Report of the Imperial Institute of Veterinary Research, Muktesar
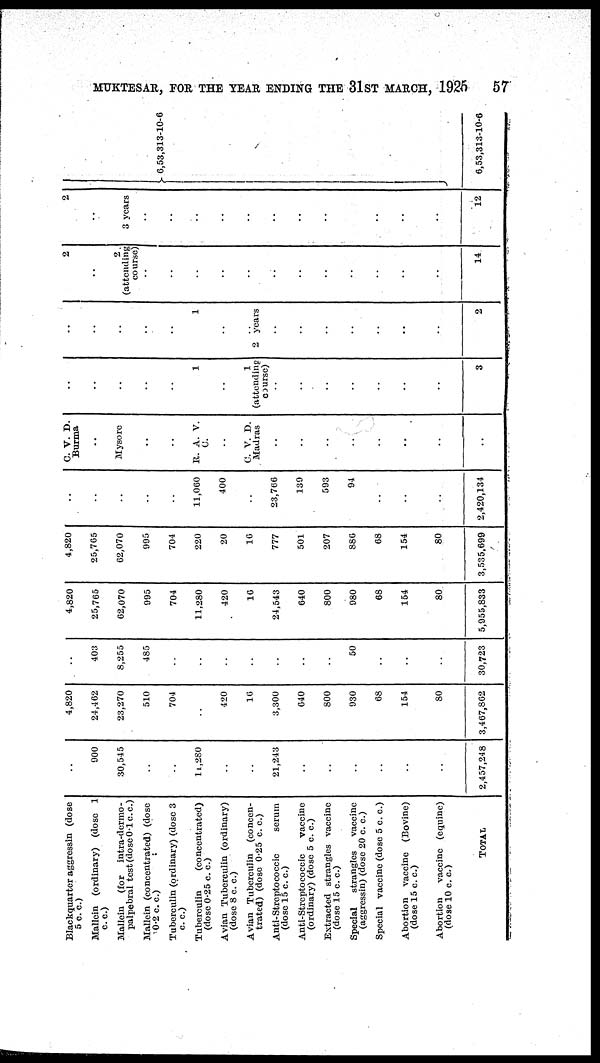
MUKTESAR, FOR THE YEAR ENDING THE 31ST MARCH,
1925
57
Blackquarter aggressin (dose
5 c. c.)
Mallein (ordinary) (dose 1
c. c.)
Mallein (for intra-dermo¬
palpebral test (dose 0.1 c.c.)
Mallein (concentrated) (dose
0.2 c.c.)
Tuberculin (ordinary) (dose 3
c. c.)
Tuberculin
(concentrated)
(dose 0.25 c. c.)
Avian Tuberculin (ordinary)
(dose 8 c. c.)
Avian Tuberculin (concen-
trated) (dose 0.25 c. c.)
Anti-Streptococcic
serum
(dose 15 c. c.)
Anti-Streptococcic
vaccine
(ordinary) (dose 5 c. c.)
Extracted strangles vaccine
(dose 15 c. c.)
Special
strangles
vaccine
(aggressin) (dose 20 c. c.)
Special vaccine (dose 5 c. c.)
Abortion vaccine (Bovine)
(dose 15 c. c.)
Abortion
vaccine (equine)
(dose 10 c. c.)
TOTAL
..
900
30,545
..
11,280
..
..
21,213
..
..
..
..
..
..
2,457,248
4,820
24,462
23,270
510
704
..
420
16
3,300
640
800
930
68
154
80
3,467,862
..
403
8,255
485
..
..
..
..
...
..
..
50
..
..
..
30,723
4,820
25,765
62,070
995
704
11,280
420
16
24,543
640
800
980
68
154
80
5,955,833
4,820
25,765
62,070
995
704
220
20
16
777 501
207
886
68
154
80
3,535.699
..
..
..
..
11,060
400
..
23,766
139
593
94
..
..
..
2,420,134
C. V. D.
Burma
..
Mysore
..
R. A. V.
C.
..
C. V. D.
Madras
..
..
..
..
..
..
..
..
..
..
..
1
..
1
(attending
course)
..
..
..
..
..
..
..
3
..
..
..
..
1
..
..
2 years
..
..
..
..
..
..
..
2
2
..
2
(attending
course)
..
..
..
..
..
..
...
..
..
..
..
14
2
..
3 years
..
..
..
..
..
..
..
..
..
..
..
12
..
..
..
} 6,53,313-10-6
..
..
..
..
..
..
..
..
..
..
6,53,313-10-6